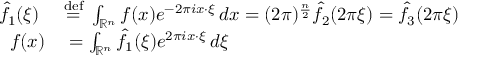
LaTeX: \begin{array} { r l } { { \hat { f } } _ { 1 } ( \xi ) \ } & { { } { \stackrel { \mathrm { d e f } } { = } } \ \int _ { \mathbb { R } ^ { n } } f ( x ) e ^ { - 2 \pi i x \cdot \xi } \, d x = ( 2 \pi ) ^ { \frac { n } { 2 } } { \hat { f } } _ { 2 } ( 2 \pi \xi ) = { \hat { f } } _ { 3 } ( 2 \pi \xi ) } \\ { f ( x ) } & { { } = \int _ { \mathbb { R } ^ { n } } { \hat { f } } _ { 1 } ( \xi ) e ^ { 2 \pi i x \cdot \xi } \, d \xi } \end{array}